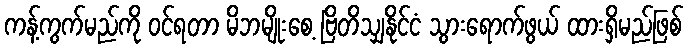
ကန့်ကွက်မည်ကို ဝင်ရတာ မိဘမျိုးစေ့ ဗြိတိသျှနိုင်ငံ သွားရောက်ဖွယ် ထားရှိမည်ဖြစ်